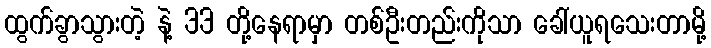
ထွက်ခွာသွားတဲ့ နဲ့ 33 တို့နေရာမှာ တစ်ဦးတည်းကိုသာ ခေါ်ယူရသေးတာမို့